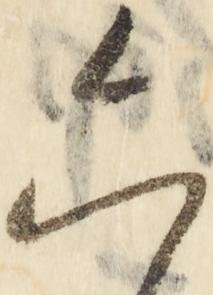
六